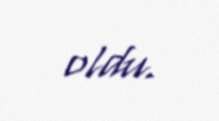
oldu.